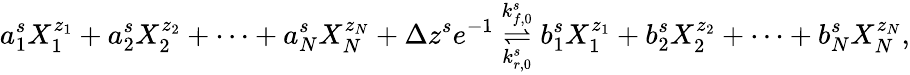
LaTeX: a_{1}^{s}X_{1}^{z_{1}}+a_{2}^{s}X_{2}^{z_{2}}+\cdots+a_{N}^{s}X_{N}^{z_{N}}+\Delta z^{s}e^{-1}\overset{k_{f,0}^{s}}{\underset{k_{r,0}^{s}}{\rightleftharpoons}}b_{1}^{s}X_{1}^{z_{1}}+b_{2}^{s}X_{2}^{z_{2}}+\cdots+b_{N}^{s}X_{N}^{z_{N}},